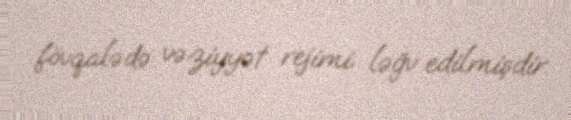
fövqalədə vəziyyət rejimi ləğv edilmişdir.